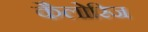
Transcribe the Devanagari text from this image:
कैलोरिज